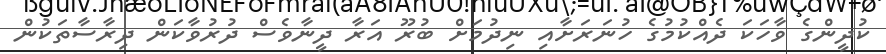
ކުދީންގެ ވާހަކަ ދެއްކުމުގެ ހުނަރަށާއި ނިދުމަށް ބުރޫ އަރާ ދީނާވެސް ދުރުވާކަން ދިރާސާތަކުން